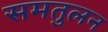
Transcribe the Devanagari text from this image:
समतुलन